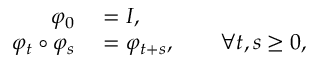
\begin{array} { r l } { \varphi _ { 0 } } & { { } = I , } \\ { \varphi _ { t } \circ \varphi _ { s } } & { { } = \varphi _ { t + s } , \qquad \forall t , s \geq 0 , } \end{array}